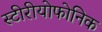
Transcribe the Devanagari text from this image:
स्टीरीयोफोनिक